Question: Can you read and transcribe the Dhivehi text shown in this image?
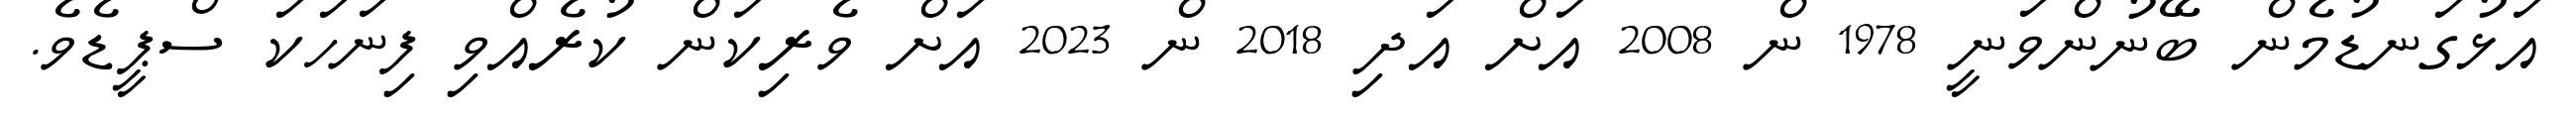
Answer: އަޅުގަނޑުމެން ބޭނުންވަނީ 1978 ން 2008 އަށް އަދި 2018 ން 2023 އަށް ވެރިކަން ކުރެއްވި ފިނަހަކަ ސްޕީޑެވެ.